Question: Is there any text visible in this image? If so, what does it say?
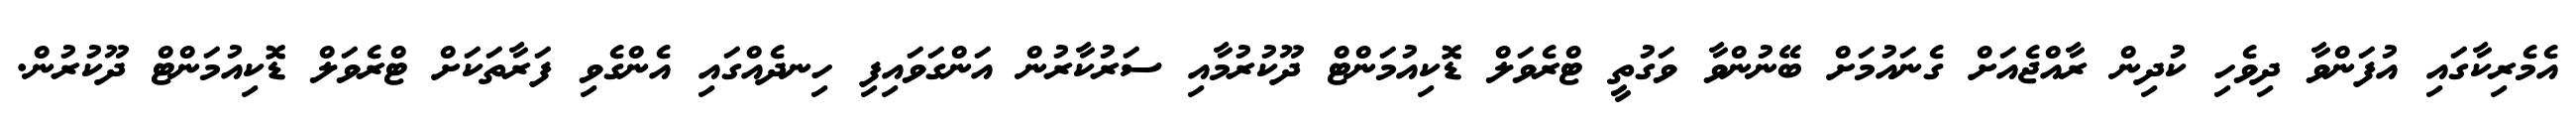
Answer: އެމެރިކާގައި އުފަންވާ ދިވެހި ކުދިން ރާއްޖެއަށް ގެނައުމަށް ބޭނުންވާ ވަގުތީ ޓްރެވަލް ޑޮކިއުމަންޓް ދޫކުރުމާއި ސަރުކާރުން އަންގަވައިފި ހިނދެއްގައި އެންގެވި ފަރާތަކަށް ޓްރެވަލް ޑޮކިއުމަންޓް ދޫކުރުން.